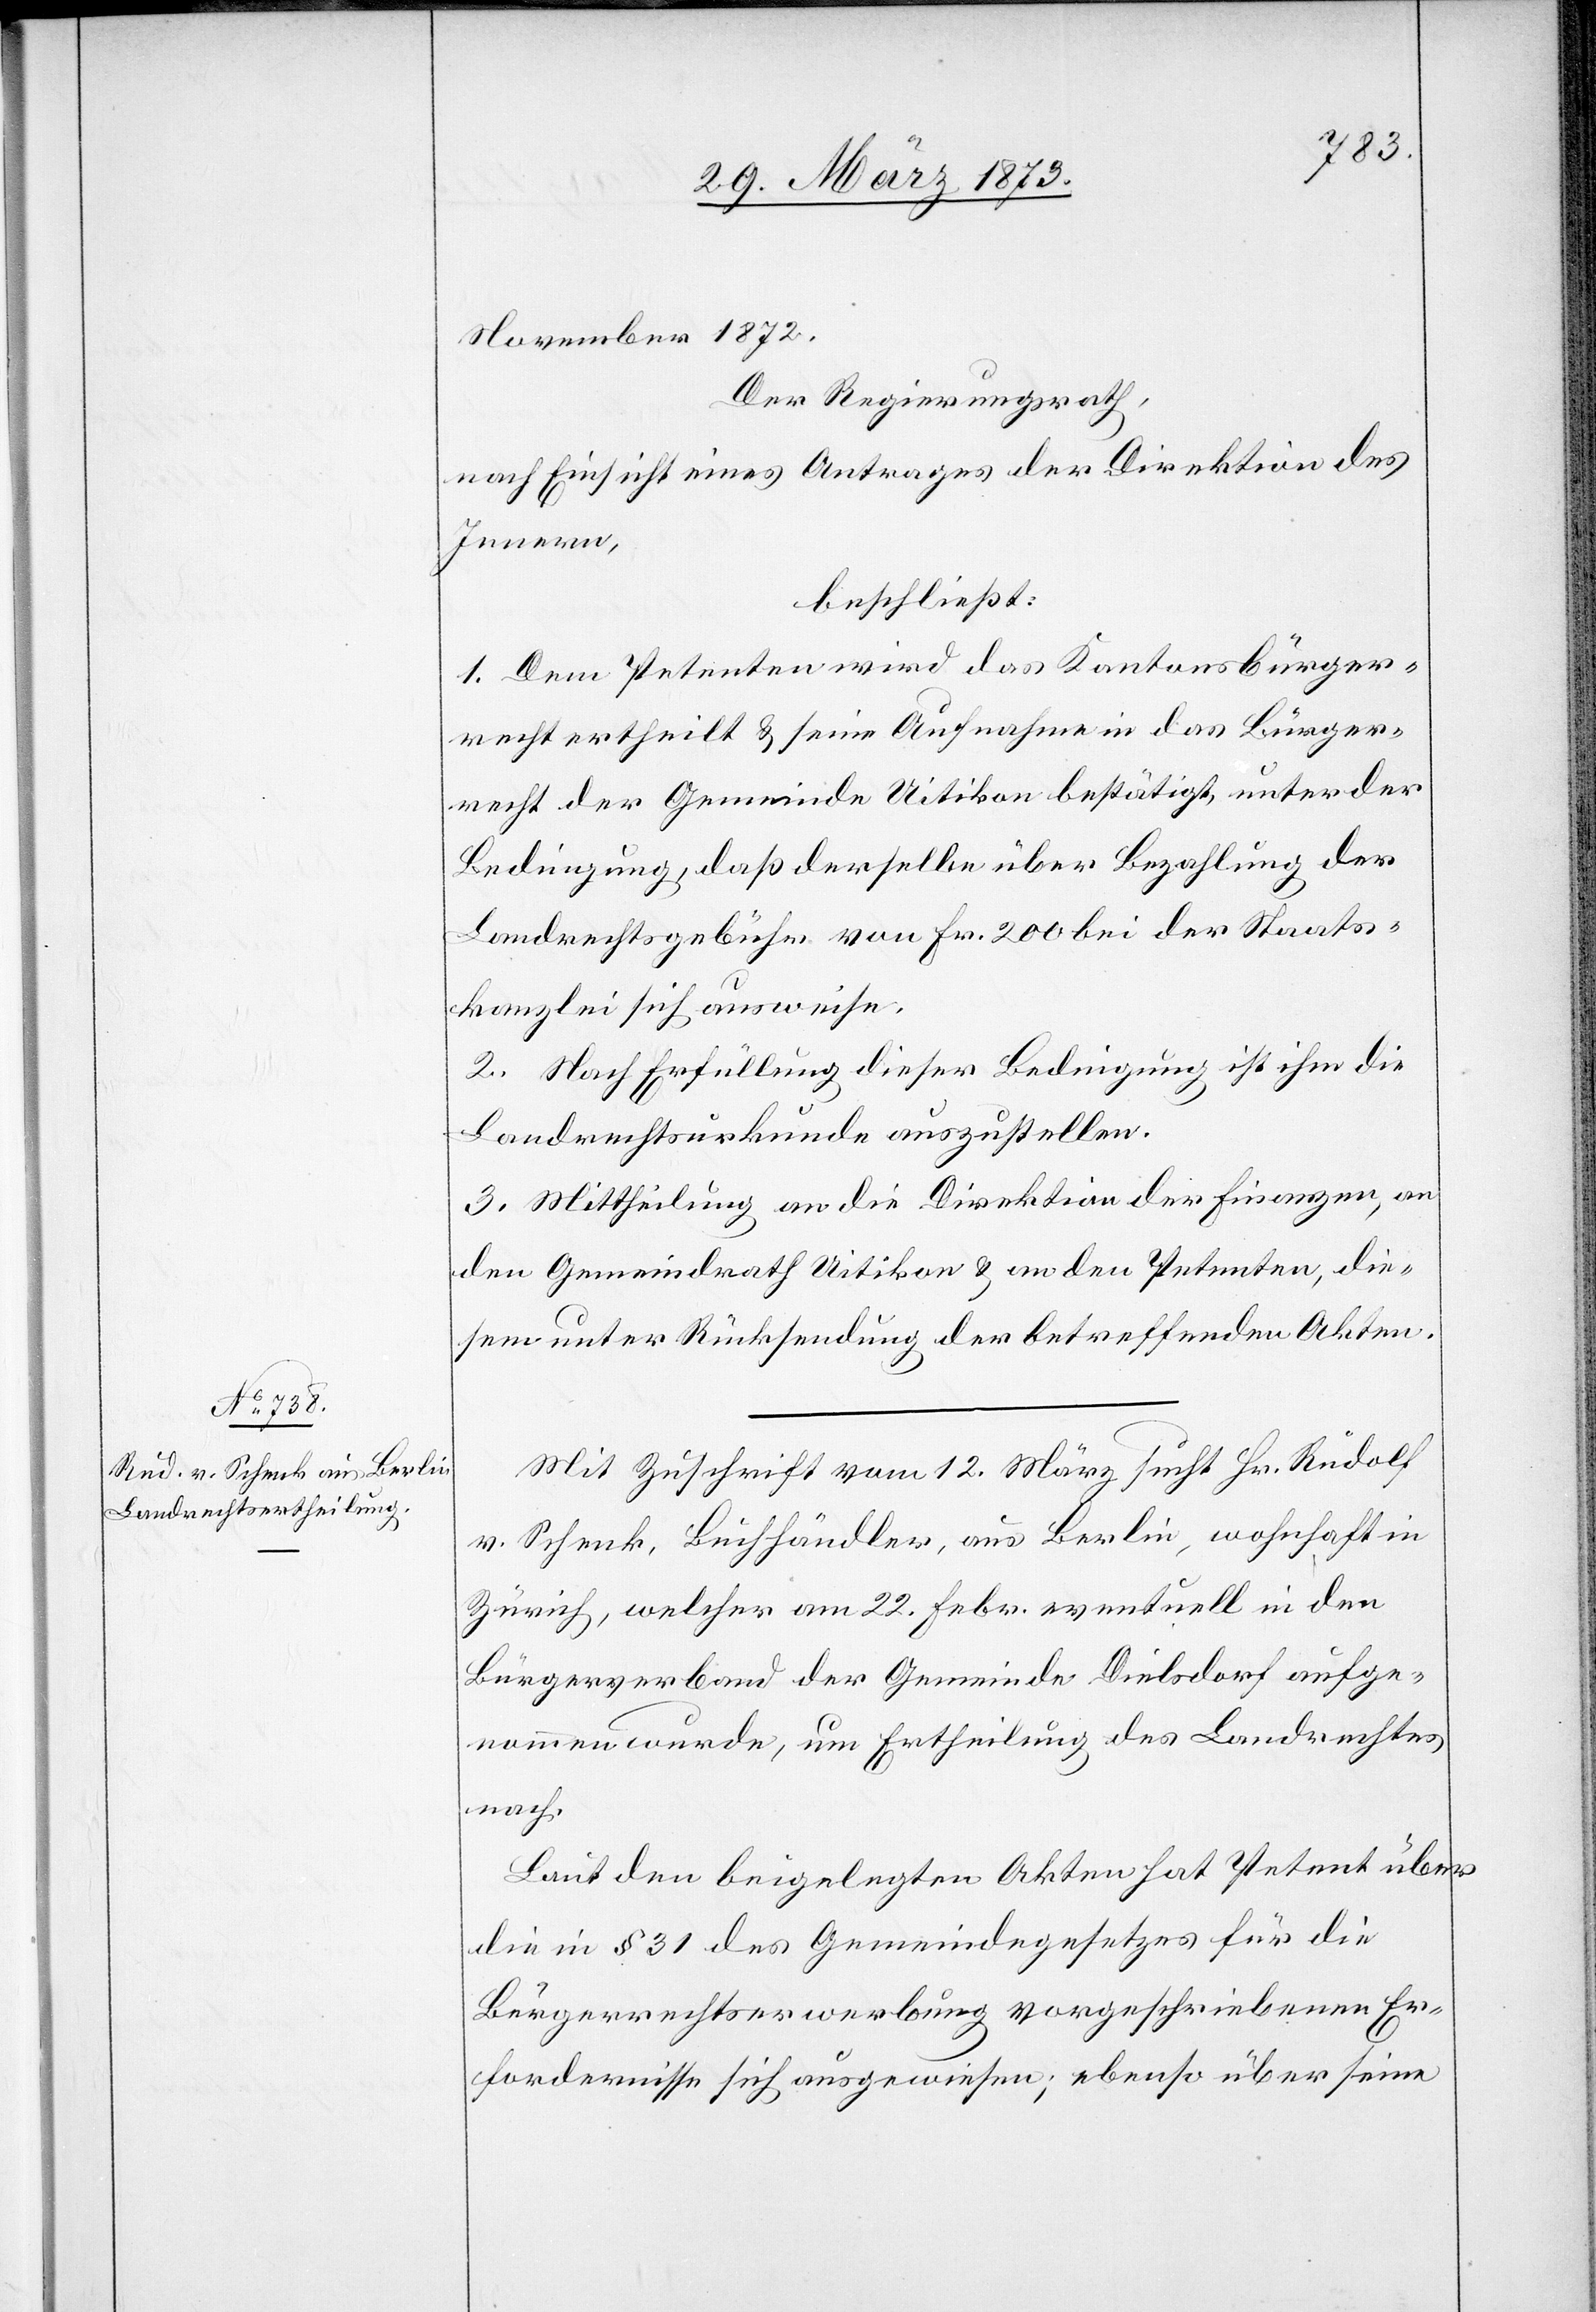
Mit Zuschrift vom 12. März sucht Hr. Rudolf
v. Schenk, Buchhändler, aus Berlin, wohnhaft in
Zürich, welcher am 22. Febr. eventuell in den
Bürgerverband der Gemeinde Dielsdorf aufge¬
nommen wurde, um Ertheilung des Landrechtes
nach.
Laut den beigelegten Akten hat Petent über
die in § 31 des Gemeindegesetzes für die
Bürgerrechtserwerbung vorgeschriebenen Er¬
fordernisse sich ausgewiesen; ebenso über seine